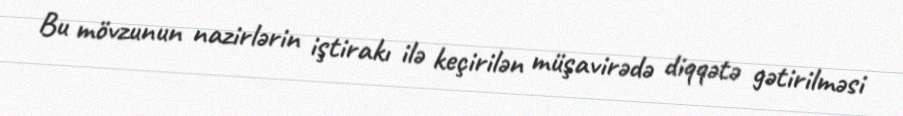
Bu mövzunun nazirlərin iştirakı ilə keçirilən müşavirədə diqqətə gətirilməsi